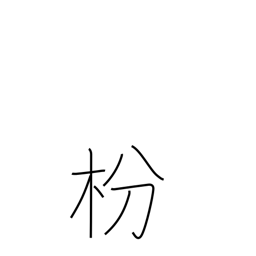
Meaning: pine tree